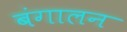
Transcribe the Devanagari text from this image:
बंगालन